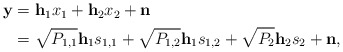
\begin{align*}\begin{aligned} \mathbf{y}&=\mathbf{h}_1x_1+\mathbf{h}_2x_2+\mathbf{n}\\ &=\sqrt{P_{1,1}}\mathbf{h}_1s_{1,1}+\sqrt{P_{1,2}}\mathbf{h}_1s_{1,2}+\sqrt{P_{2}}\mathbf{h}_2s_{2}+\mathbf{n},\end{aligned}\end{align*}